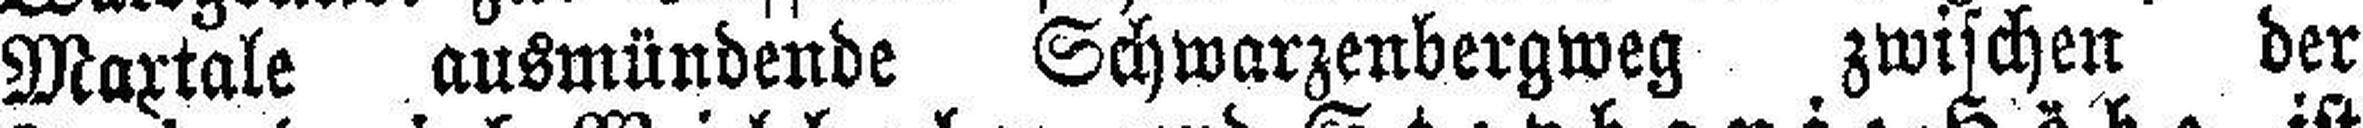
Maxtale ausmündende Schwarzenbergweg zwischen der